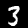
Label: 3